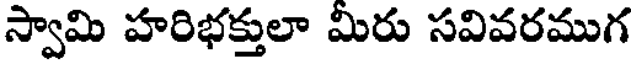
స్వామి హరిభక్తులా మిరు సవివరముగ